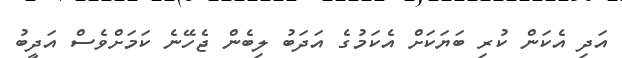
އަދި އެކަން ކުރި ބަޔަކަށް އެކަމުގެ އަދަބު ލިބެން ޖެހޭނެ ކަމަށްވެސް އަދީބު